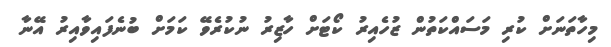
މިހާތަނަށް ކުރި މަސައްކަތުން ޒުހެއިރު ކޯޓަށް ހާޒިރު ނުކުރެވޭ ކަމަށް ބުނެފައިވާއިރު އޭނާ